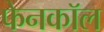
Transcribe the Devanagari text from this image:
फेनकॉल